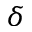
\delta